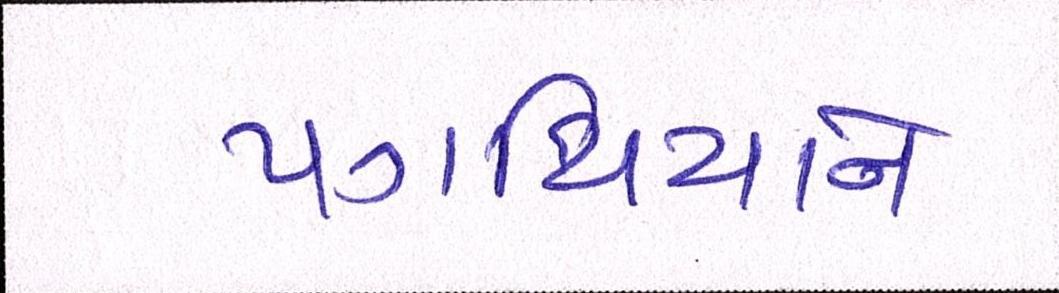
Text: પગથિયાને